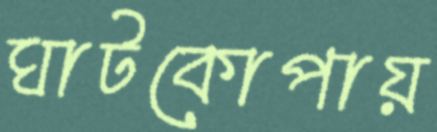
ঘাটকোপায়